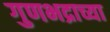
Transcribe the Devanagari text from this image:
गुणभद्राच्या